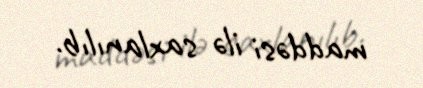
maddəsi ilə saxlanılıb.